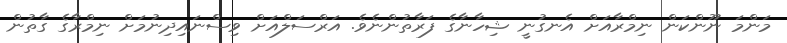
މަންމަ ނޫންކަން ނިމްރާއަށް އެނގުނީ ޝިހާނާގެ ފަރާތުންނެވެ. އަރްސަލްއަށް ވިސްނައިދިނުމަށް ނިމްރާގެ ގާތުން